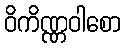
ဝိကိဏ္ဏဝါစော